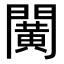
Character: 𨶰